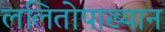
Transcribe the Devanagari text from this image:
ललितोपाख्यान